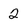
Character: 2